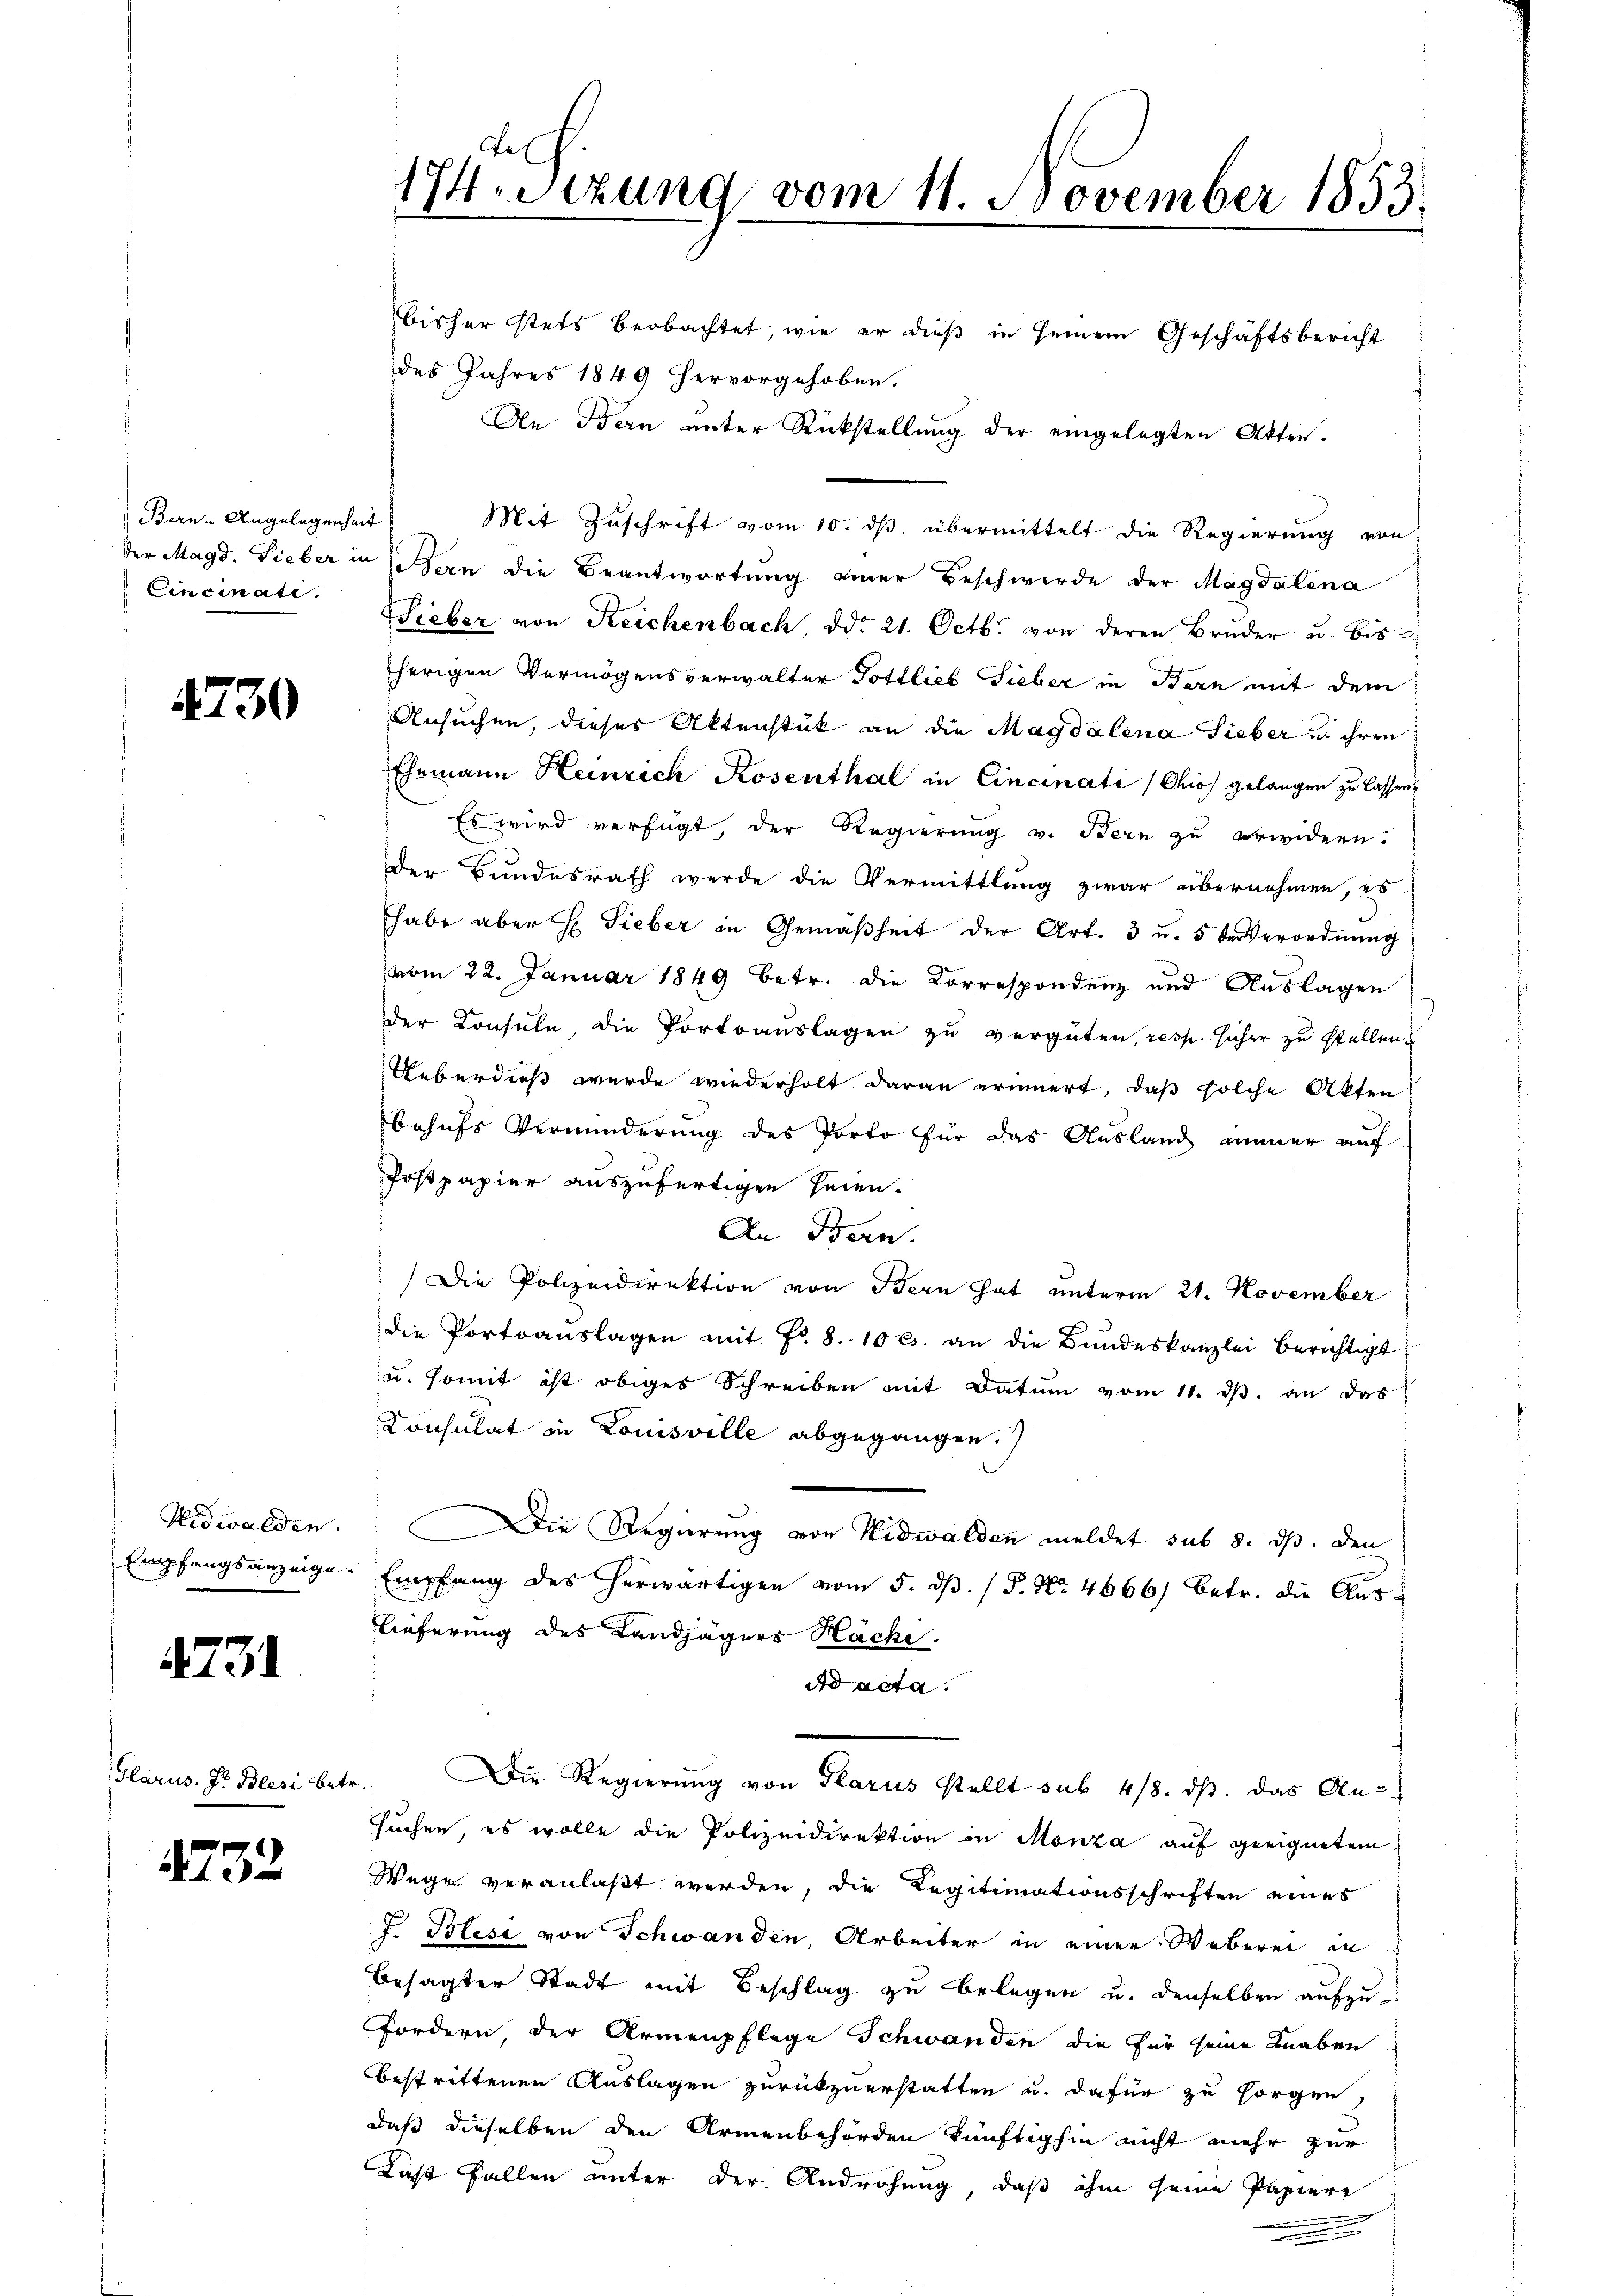
Bern-Angelegenheit
Cincinati

4730

Nidwalden.

4731

Glarus. Dr Blesi betr.

4732

bisher stets beobachtet, wie er dieß in seinem Geschäftsbericht
des Jahres 1849 hervorgehoben.
An Bern unter Rückstellung der eingelegten Akten-
Mit Zuschrift vom 10. dβ übermittelt die Regierung von
der Magd. Lieber in jedern die Beantwortung einer Beschwerde der Magdalena
Wieber von Reichenbach, ddo 21. Octb. von deren Brŭder u. bis
herigen Vermögensverwalter Pottlieb Sieber in Bern mit dem
Ansuchen, dieses Aktenstück an die Magdalena Sieber u. ihren
Ehemann Heinrich Rosenthal in Cincinati (Chios gelangen zu lassen,
Es wird verfügt, der Regierung v. Bern zu erwidern.
Der Bundesrath werde die Vermittlung zwar übernehmen, es
habe aber H: Sieber in Gemäßheit der Art. 3 u. 5 des Verordnung
vom 22. Januar 1849 betr. die Korrespondenz und Auslagen
der Konsule, die Portoauslagen zu vergüten, resp. sicher zu stellen
Ueberdieß wurde wiederholt daran erinnert, daß solche Akten
behufs Verminderung des Porto für das Ausland immer auf
Postpapier auszufertigen seien.
An Bern.
Die Polizeidirektion von Bern hat unterm 21. November
die Portoauslagen mit No. 8. 100. an die Bundeskanzlei berichtigt
u. somit ist obiges Schreiben mit Datum vom 11. ds. an das
Consulat in Louisville abgegangen.
Die Regierung von Nidwalden meldet sub 8. ds. den
Empfangsanzeige Empfang des herwärtigen vom 5. dβ. / P. Nr. 4666) betr. die Aus¬
Lieferung des Landjägers Häche.
d acta.
Die Regierung von Glarus stellt sub. 418. ds. das An-
suchen, es wolle die Polizeidirektion in Monza auf geeignetem
Wege veranlaßt werden, die Legitimationsschriften eines
J. Blesi von Schwanden, Arbeiter in einer Weberei in
besagter Stadt mit Beschlag zu belegen u. denselben aufzu¬
Fordern, der Armenpflege Schwanden die für seine Knaben
bestrittenen Auslagen zurückzuerstatten u. dafür zu sorgen,
daß dieselben den Armenbehörden künftighin nicht mehr zur
Last fallen unter der Androhung, daß ihm seine Papiere

174. Sizung vom 11. November 1853.